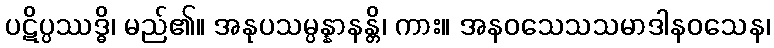
ပဋိပ္ပဿဒ္ဓိ၊ မည်၏။ အနုပသမ္ပန္နာနန္တိ၊ ကား။ အနဝသေသသမာဒါနဝသေန၊